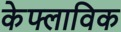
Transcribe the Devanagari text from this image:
केफ्लाविक